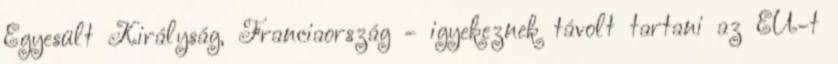
Egyesült Királyság, Franciaország - igyekeznek távolt tartani az EU-t